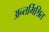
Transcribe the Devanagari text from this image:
अन्तर्मिश्रित